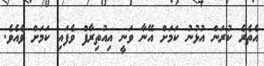
އެތެރެ ކުރަން އުޅުނު ކަމަށް އޭނާ ވަނީ އިއުތިރާފް ވެފައި ކަމަށް ވެއެވެ.